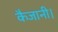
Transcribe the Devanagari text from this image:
कैजानी।